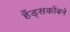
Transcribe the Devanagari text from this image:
हँड्सकोंबने